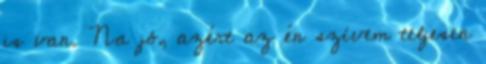
is van. Na jó, azért az én szívem teljesen